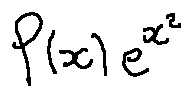
f ( x ) e ^ { x ^ { 2 } }